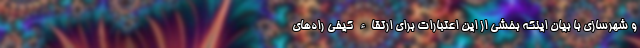
و شهرسازی با بیان اینکه بخشی از این اعتبارات برای ارتقاء کیفی راه‌های